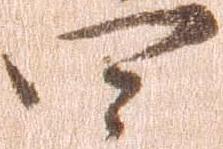
四